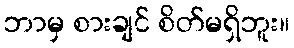
ဘာမှ စားချင် စိတ်မရှိဘူး။